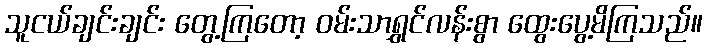
သူငယ်ချင်းချင်း တွေ့ကြတော့ ဝမ်းသာရွှင်လန်းစွာ ထွေးပွေ့မိကြသည်။